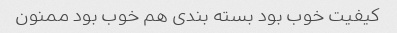
کیفیت خوب بود بسته بندی هم خوب بود ممنون